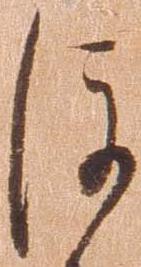
後